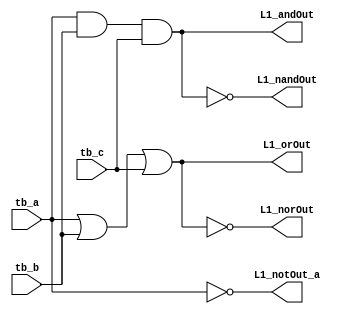
//
// Lab1_hello
// CSE140L Spring 2019
//
// Starter code
//   Bryan Chin
//   Lih-Feng Tsaur
//
// Author:
//

module Lab1_hello(input tb_a, input tb_b, input tb_c, output L1_andOut, output L1_orOut, output L1_nandOut, output L1_norOut, output L1_notOut_a);

   //Example boolean operation
   assign L1_andOut = tb_a & tb_b & tb_c;
	assign L1_orOut = tb_a | tb_b | tb_c;
	assign L1_nandOut = ~(tb_a & tb_b & tb_c);
	assign L1_norOut = ~(tb_a | tb_b | tb_c);
	assign L1_notOut_a = ~tb_a;

endmodule